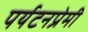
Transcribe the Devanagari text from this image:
पर्यटनप्रेमी